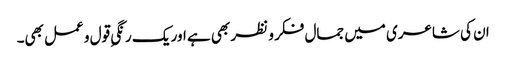
ان کی شاعری میں جمال فکر و نظر بھی ہے اور یک رنگیِ قول و عمل بھی۔